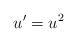
LaTeX: \begin{align*} u' = u^2 \end{align*}